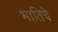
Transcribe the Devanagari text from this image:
भातिचे